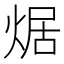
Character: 𤉸